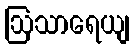
ဩသာရေယျ